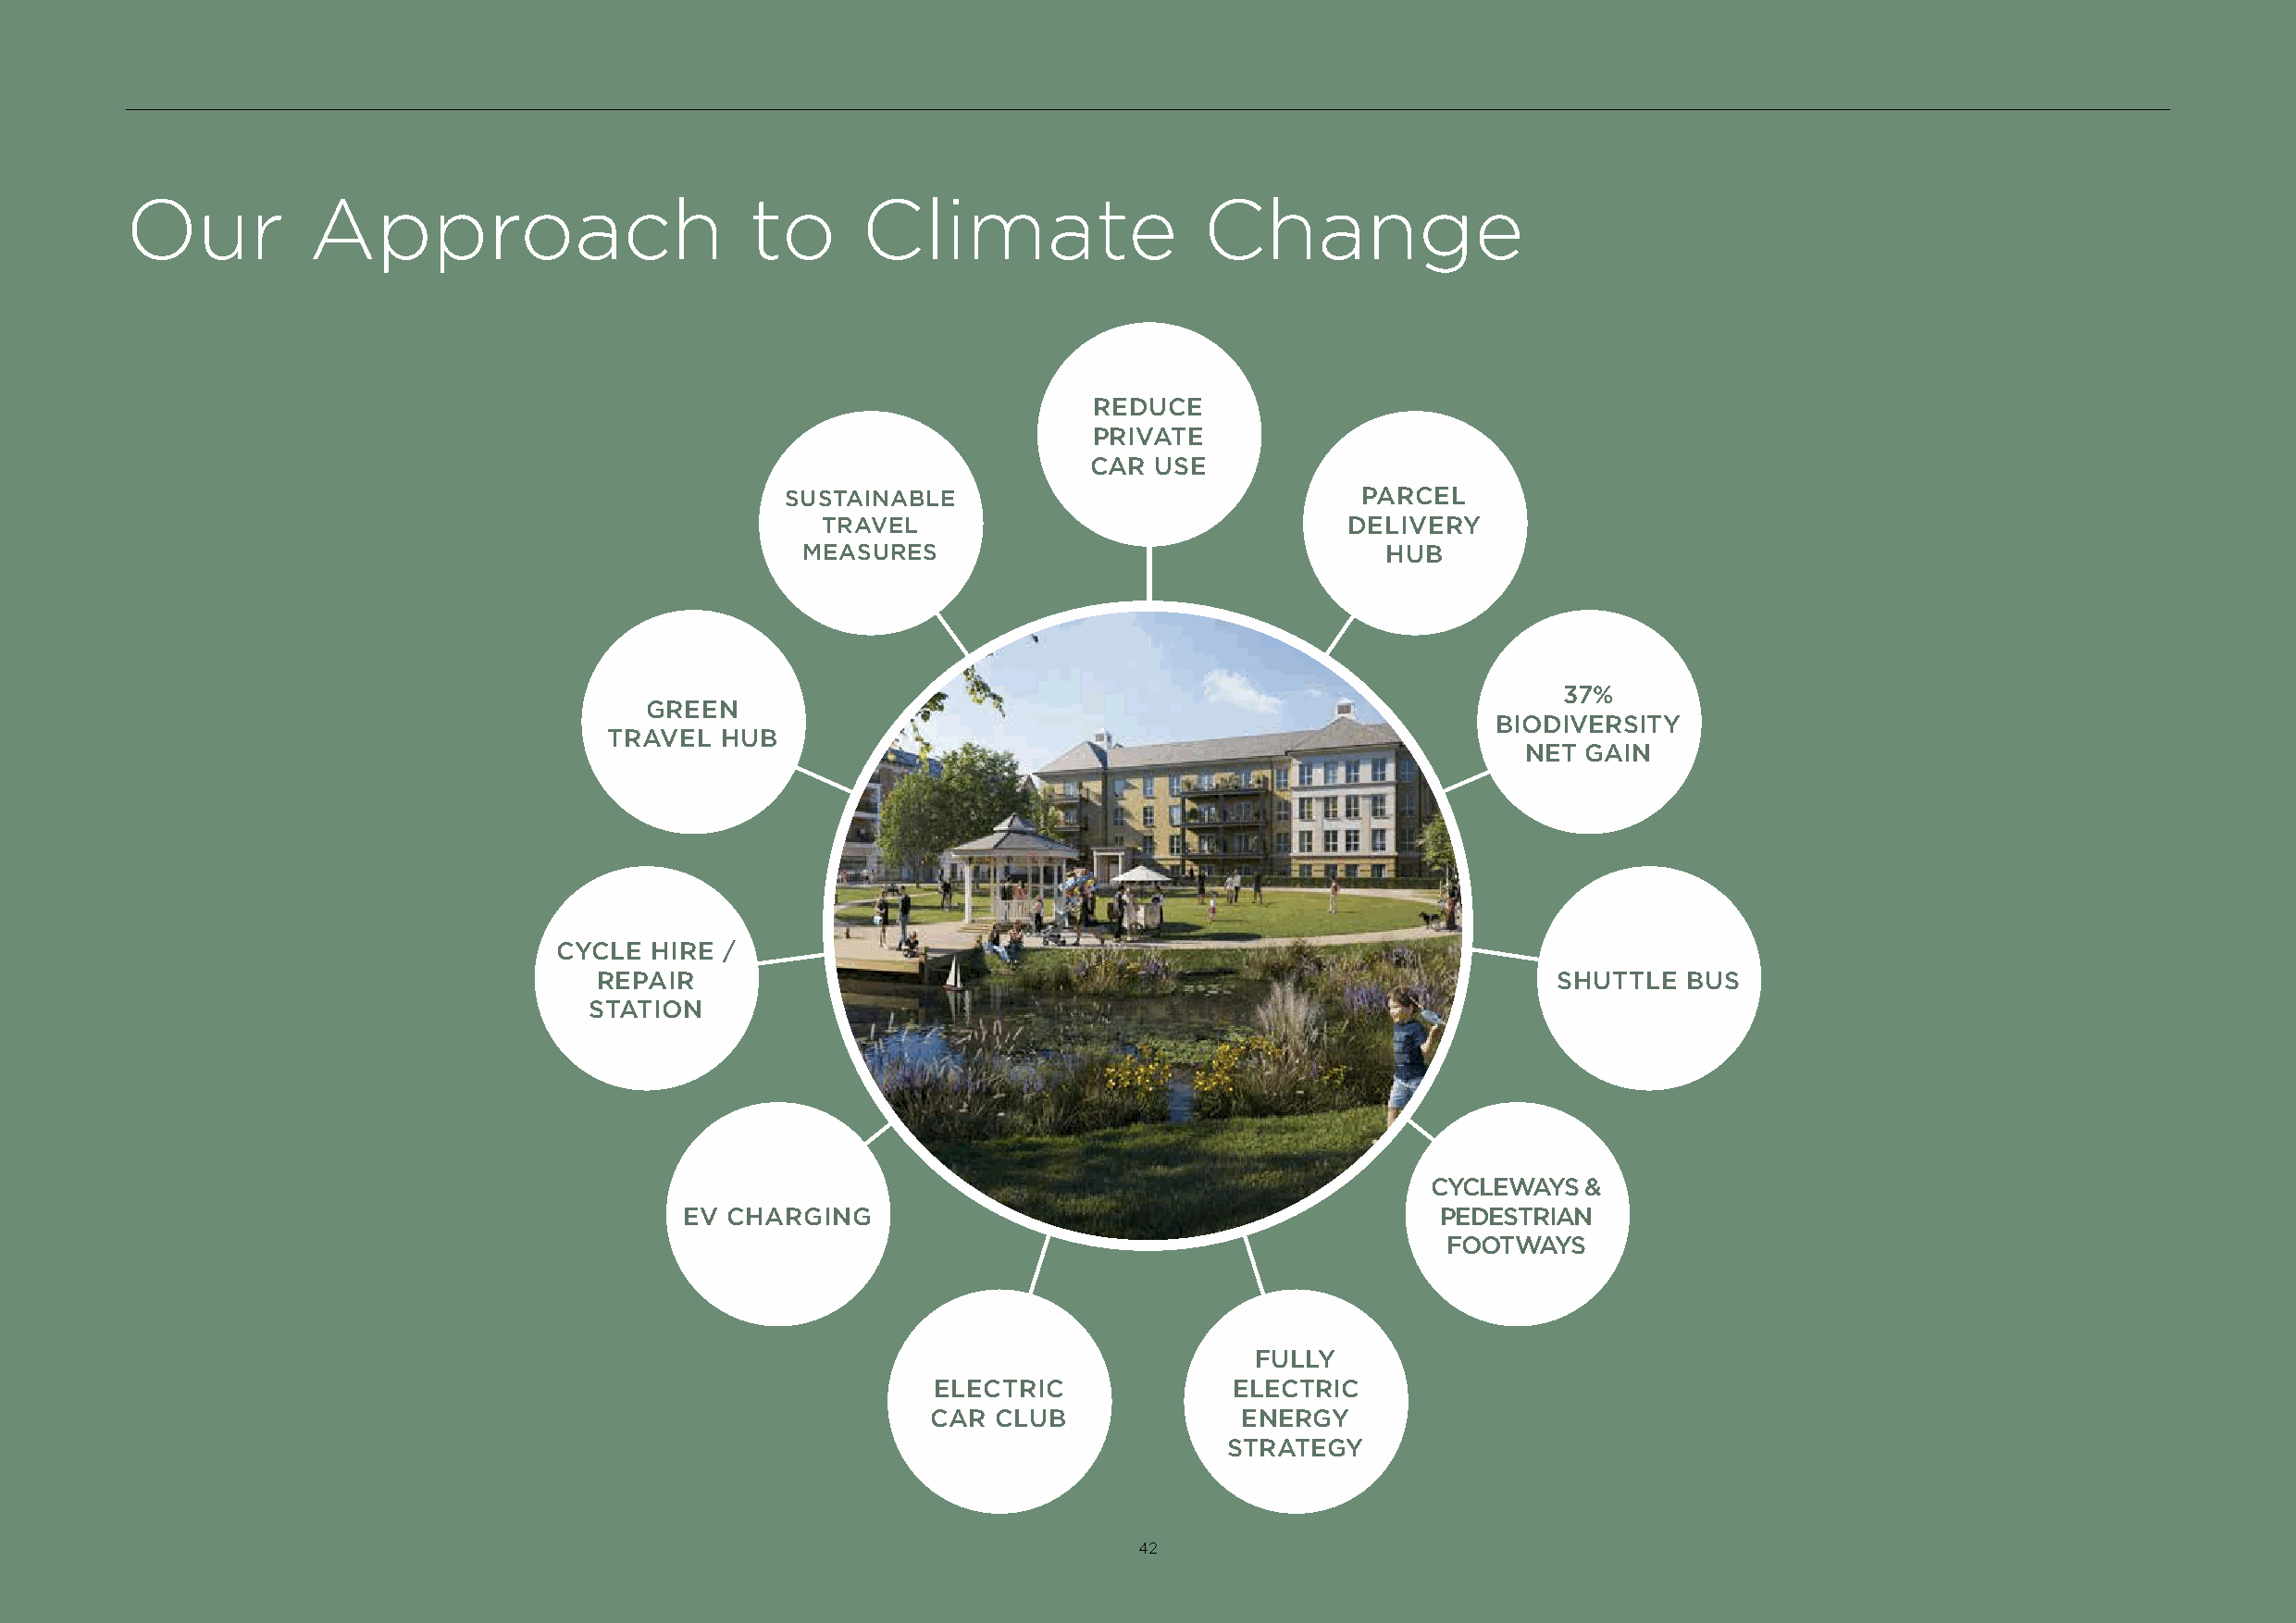
Our          Approach                        to      Climate                 Change
 REDUCE
 PRIVATE
 CAR  USE
 SUSTAINABLE                              PARCEL
 TRAVEL                               DELIVERY
 MEASURES                                  HUB
 37%
 GREEN
 BIODIVERSITY
 TRAVEL   HUB
 NET GAIN
 CYCLE  HIRE /
 REPAIR                                                              SHUTTLE   BUS
 STATION
 CYCLEWAYS  &
 EV CHARGING                                           PEDESTRIAN
 FOOTWAYS
 FULLY
 ELECTRIC             ELECTRIC
 CAR CLUB              ENERGY
 STRATEGY
 42